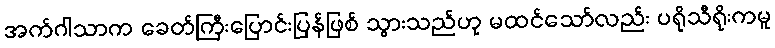
အက်ဂါသာက ခေတ်ကြီးပြောင်းပြန်ဖြစ် သွားသည်ဟု မထင်သော်လည်း ပရိုသီရိုးကမူ